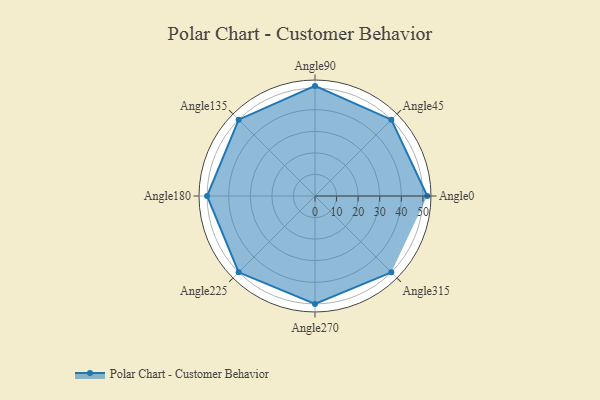
{"axis": {"x": "Angle", "y": "Radius"}, "legend": [""], "data": [{"x": "Angle0", "y": 52.0, "type": ""}, {"x": "Angle45", "y": 50, "type": ""}, {"x": "Angle90", "y": 51.0, "type": ""}, {"x": "Angle135", "y": 50, "type": ""}, {"x": "Angle180", "y": 50, "type": ""}, {"x": "Angle225", "y": 50, "type": ""}, {"x": "Angle270", "y": 50, "type": ""}, {"x": "Angle315", "y": 50, "type": ""}]}